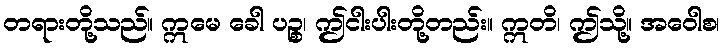
တရားတို့သည်။ ဣမေ ခေါ ပဉ္စ၊ ဤငါးပါးတို့တည်း။ ဣတိ၊ ဤသို့။ အဝေါစ၊